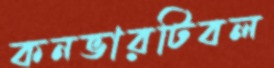
কনভারটিবল